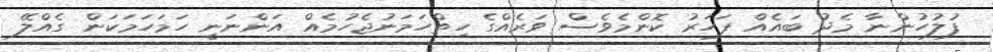
ފުލުހުންނާ މެދު ބައެއް ފަހަރު ކޮންމެވެސް ވަރެއްގެ ހިތްހަމަނުޖެހުމެއް އަންނަނީ ހަމަހަމަކަން ގެއްލޭ